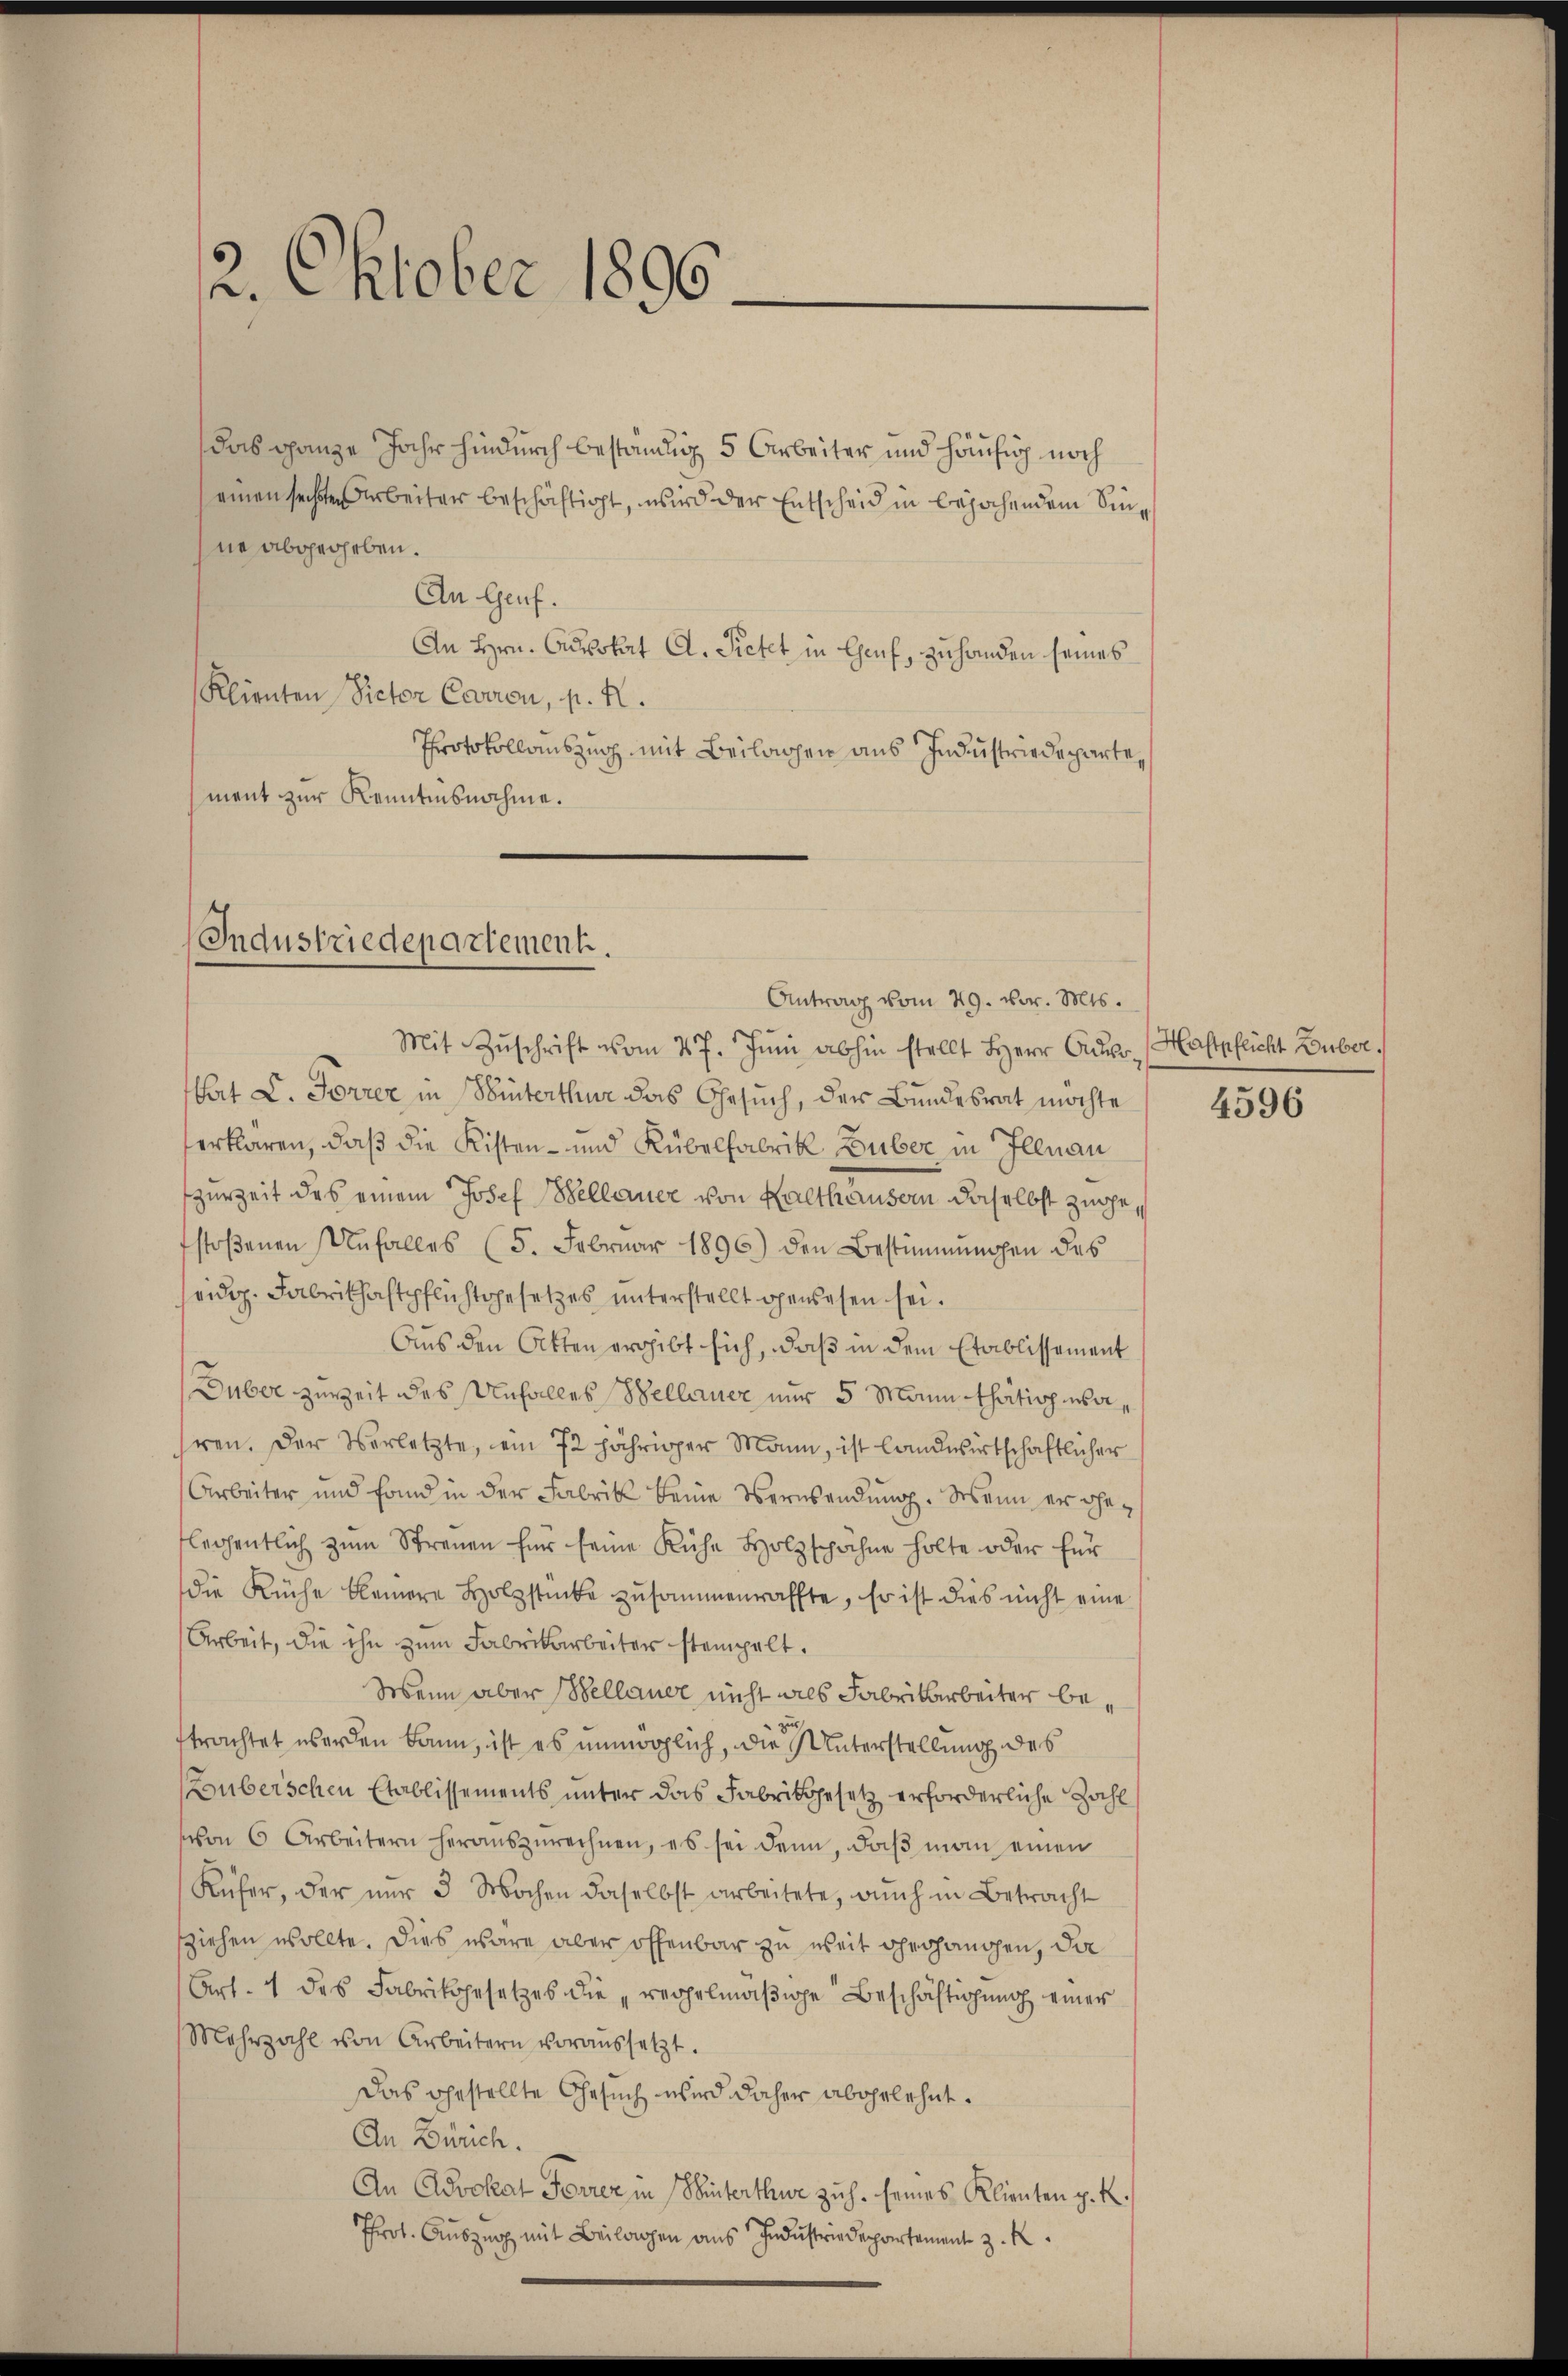
2. Oktober 1896

das ganze Jahr hindurch beständig 5 Arbeiter und häufig noch
einen sechsten Arbeiter beschäftigt, wird der Entscheid in bejahendem Sinne abgegeben.
An Genf.
An Hrn. Curskart A. Rietet in Genf, zuhanden seines
Klienten Victor Carren, p. R.
Protokollauszug mit Beilagen aus Industriedepartement zur Kenntnisnahme.

Industriedepartement.

Mit Zŭschrift vom 27. Jŭni abhin stellt Herr Oder Haftpflicht Huber.
et C. Forrer in Winterthur das Gesuch, der Bundesrat möchte
erklären, daß die Kisten- und Kübelfabrik Huber in Illnau
zurZeit des einem Josef Bellauer von Kalthausern daselbst zugestoßenen Unfalles (5. Februar 1896) den Bestimmungen des
eidig. Fabrikhaftpflichtgesetzes unterstellt gewesen sei.
Aus den Akten ergibt sich, daß in dem Etablissement
Duber zureit des Unfalles Bellauer nur 5 Mann thätig wa
hren. Der Verletzte, ein 72 jähriger Mann, ist landwirtschaftlicher
Arbeiter und fand in der Fabrik keine Verwendung. Wenn er geflegentlich zum Streuen für seine Küche Holzschähne holte oder für
die Küche kleinere Holzstücke zusammenraffte, Er ist dies nicht eine
Arbeit, die ihn zum Fabrikarbeiter stempelt.
Wenn aber Bellauer nicht als Fabrikarbeiter beftrachtet worden kann, ist es nunwöhlich, die Unterstellung des
Louberschen Etablissements unter das Fabrikgesetz erforderliche Zahl
on 6 Arbeitern heraŭszŭrechnen, es sei denn, daβ man einen
Küfer, der nur 3 Wochen daselbst arbeitete, auch in Betracht
sziehen wollte. Dies wäre aber offenbar zu weit gehangen, da
Art. 1 des Fabrikgesetzes die „regelmäßige Beschäftigung einer
Mehrzahl von Arbeitern voraussetzt.
Das gestellte Gesuch wird daher abgelehnt.
An Zürich.
An Advokat Forrer in Hinterthur zuh. seines Klienten z. K.
Prot. Auszug mit Beilagen aus Industriedepartement z. K

Antrag vom 29. vor. Mts.

4596